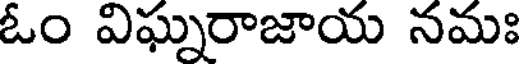
ఓం విఘ్నరాజాయ నమః